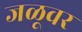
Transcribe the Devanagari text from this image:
जळूवर